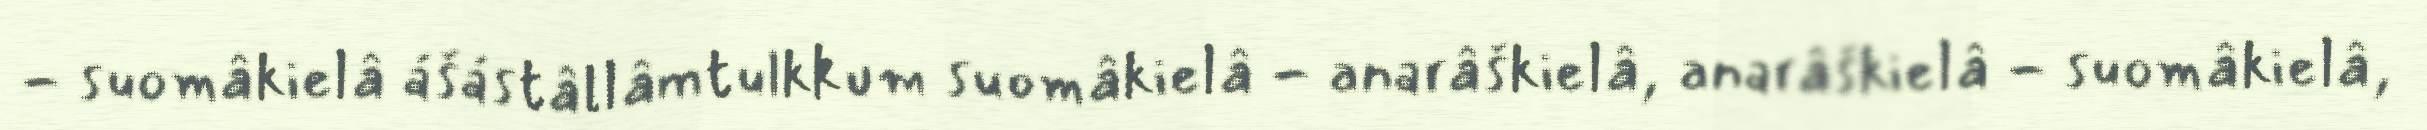
- suomâkielâ ášástâllâmtulkkum suomâkielâ - anarâškielâ, anarâškielâ - suomâkielâ,